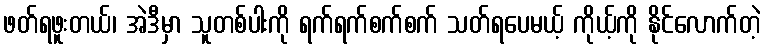
ဖတ်ရဖူးတယ်၊ အဲဒီမှာ သူတစ်ပါးကို ရက်ရက်စက်စက် သတ်ရပေမယ့် ကိုယ့်ကို နိုင်လောက်တဲ့